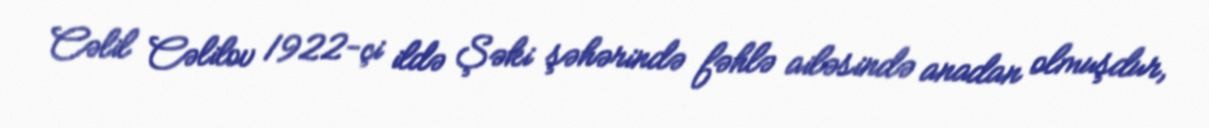
Cəlil Cəlilov 1922-çi ildə Şəki şəhərində fəhlə ailəsində anadan olmuşdur,